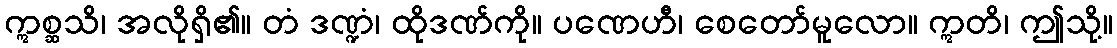
ဣစ္ဆသိ၊ အလိုရှိ၏။ တံ ဒဏ္ဍံ၊ ထိုဒဏ်ကို။ ပဏေဟီ၊ စေတော်မူလော။ ဣတိ၊ ဤသို့။